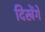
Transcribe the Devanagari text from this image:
दिखेंगें